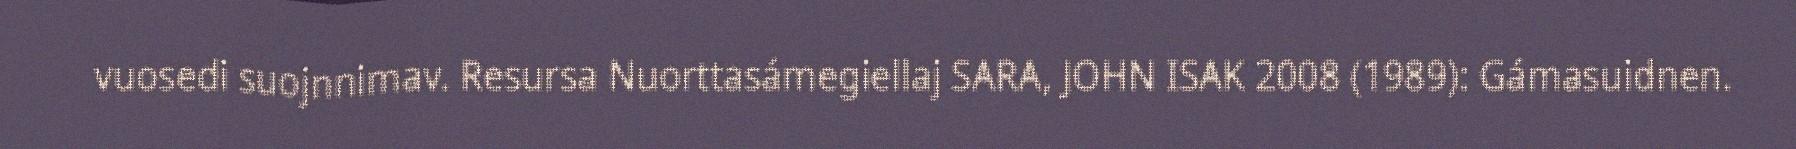
vuosedi suojnnimav. Resursa Nuorttasámegiellaj SARA, JOHN ISAK 2008 (1989): Gámasuidnen.